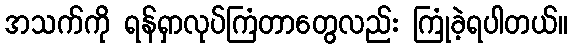
အသက်ကို ရန်ရှာလုပ်ကြံတာတွေလည်း ကြုံခဲ့ရပါတယ်။